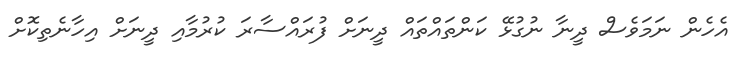
އެހެން ނަމަވެސް ދީނާ ނުގުޅޭ ކަންތައްތައް ދީނަށް ފުރައްސާރަ ކުރުމާއި ދީނަށް އިހާނެތިކޮށް